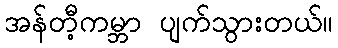
အန်တီ့ကမ္ဘာ ပျက်သွားတယ်။